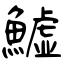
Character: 鱋